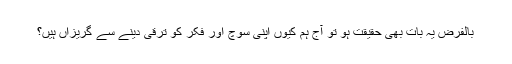
بالفرض یہ بات بھی حقیقت ہو تو آج ہم کیوں اپنی سوچ اور فکر کو ترقی دینے سے گریزاں ہیں؟